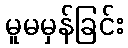
မူမမှန်ခြင်း